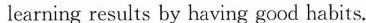
learning results by having good habits.